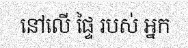
នៅលើ ផ្ទៃ របស់ អ្នក